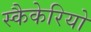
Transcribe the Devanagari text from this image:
स्कैकेरियो